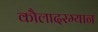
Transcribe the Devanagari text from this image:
कौलादरम्यान